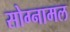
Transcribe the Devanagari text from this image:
सोग्नामल